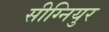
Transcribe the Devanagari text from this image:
सीग्नियुर